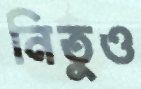
নিতুও